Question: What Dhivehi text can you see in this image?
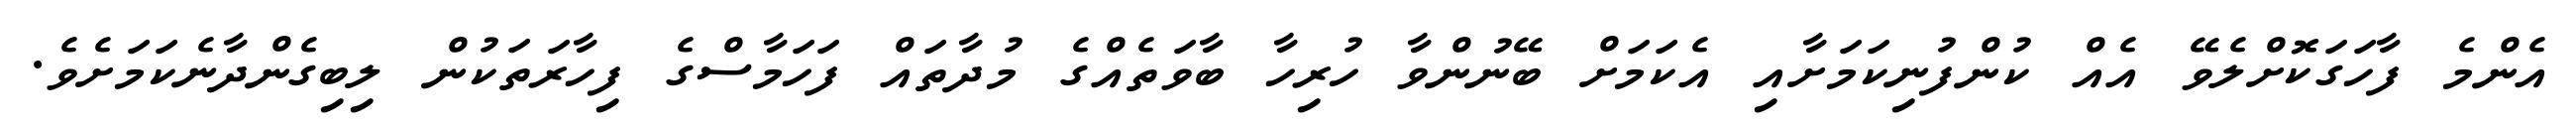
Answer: އެންމެ ފާހަގަކޮށްލެވޭ އެއް ކުންފުނިކަމަށާއި އެކަމަށް ބޭނުންވާ ހުރިހާ ބާވަތެއްގެ މުދާތައް ފަހަމާސްގެ ފިހާރަތަކުން ލިބިގެންދާނެކަމަށެވެ.